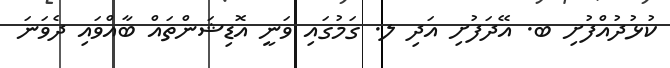
ކުޅުދުއްފުށި ބ. އޭދަފުށި އަދި ލ. ގަމުގައި ވަނީ އޮޑިޝަންތައް ބާއްވައި ދެވަނަ